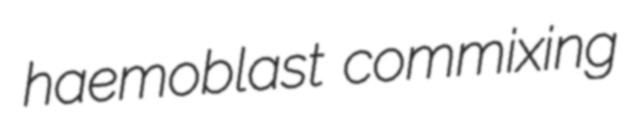
haemoblast commixing